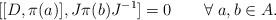
LaTeX: \begin{align*}[[D,\pi(a)],J\pi(b)J^{-1}]=0 \qquad\forall\;a,b\in A.\end{align*}